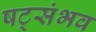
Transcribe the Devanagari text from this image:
षट्संभव